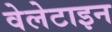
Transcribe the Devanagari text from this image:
वेलेटाइन